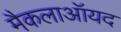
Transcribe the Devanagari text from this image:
मैकलाऑयद